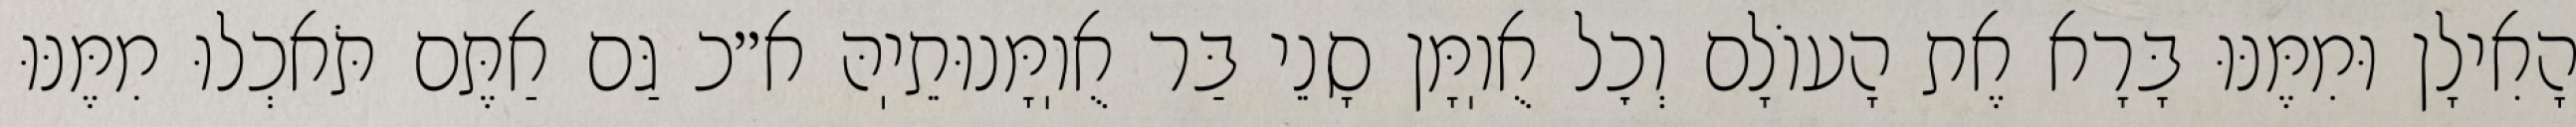
הָאִילָן וּמִמֶּנּוּ בָּרָא אֶת הָעוֹלָם וְכׇל אֻוֽמָּן סָנֵי בַּר אֻוֽמָּנוּתֵיֽהּ א״כ גַּם אַתֶּם תֹּאכְלוּ מִמֶּנּוּ